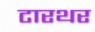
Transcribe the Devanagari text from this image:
टारथर